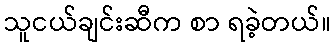
သူငယ်ချင်းဆီက စာ ရခဲ့တယ်။